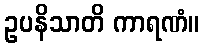
ဥပနိသာတိ ကာရဏံ။